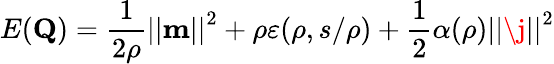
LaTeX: E(\mathbf{Q})=\frac{1}{2\rho}\left\vert\left\vert\mathbf{m}\right\vert\right\vert^{2}+\rho\varepsilon(\rho,s/\rho)+\frac{1}{2}\alpha(\rho)\left\vert\left\vert\j\right\vert\right\vert^{2}